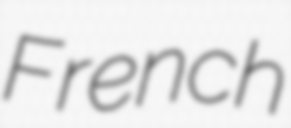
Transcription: French